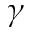
\gamma